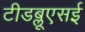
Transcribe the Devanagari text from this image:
टीडब्लूएसई